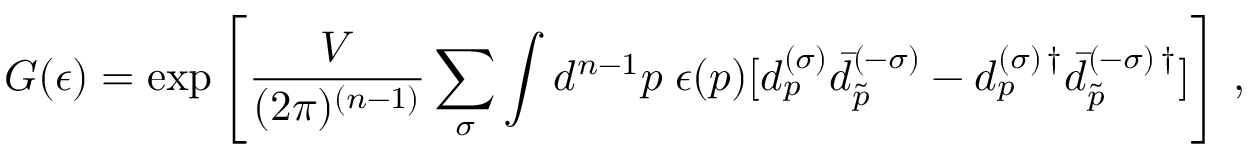
G ( \epsilon ) = \exp \left[ \frac { V } { ( 2 \pi ) ^ { ( n - 1 ) } } \sum _ { \sigma } \int d ^ { n - 1 } p \; \epsilon ( p ) [ d _ { p } ^ { ( \sigma ) } \bar { d } _ { \tilde { p } } ^ { ( - \sigma ) } - d _ { p } ^ { ( \sigma ) \, \dagger } \bar { d } _ { \tilde { p } } ^ { ( - \sigma ) \, \dagger } ] \right] \, { , }